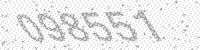
Solution: 098551